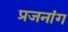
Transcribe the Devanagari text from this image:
प्रजनांग